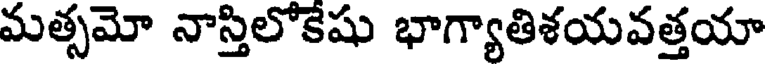
మత్సమో నాస్తిలోకేషు భాగ్యాతిశయవత్తయా